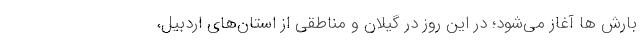
بارش ها آغاز می‌شود؛ در این روز در گیلان و مناطقی از استان‌های اردبیل،